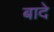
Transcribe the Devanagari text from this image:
बादे